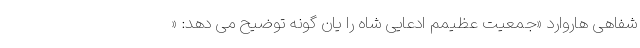
شفاهی هاروارد «جمعیت عظیمم ادعایی شاه را یان گونه توضیح می دهد: «